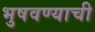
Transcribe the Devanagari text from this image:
भुषवण्याची